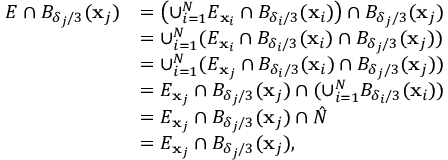
\begin{array} { r l } { E \cap B _ { \delta _ { j } / 3 } ( \mathbf { x } _ { j } ) } & { = \left( \cup _ { i = 1 } ^ { N } E _ { \mathbf { x } _ { i } } \cap B _ { \delta _ { i } / 3 } ( \mathbf { x } _ { i } ) \right) \cap B _ { \delta _ { j } / 3 } ( \mathbf { x } _ { j } ) } \\ & { = \cup _ { i = 1 } ^ { N } ( E _ { \mathbf { x } _ { i } } \cap B _ { \delta _ { i } / 3 } ( \mathbf { x } _ { i } ) \cap B _ { \delta _ { j } / 3 } ( \mathbf { x } _ { j } ) ) } \\ & { = \cup _ { i = 1 } ^ { N } ( E _ { \mathbf { x } _ { j } } \cap B _ { \delta _ { i } / 3 } ( \mathbf { x } _ { i } ) \cap B _ { \delta _ { j } / 3 } ( \mathbf { x } _ { j } ) ) } \\ & { = E _ { \mathbf { x } _ { j } } \cap B _ { \delta _ { j } / 3 } ( \mathbf { x } _ { j } ) \cap ( \cup _ { i = 1 } ^ { N } B _ { \delta _ { i } / 3 } ( \mathbf { x } _ { i } ) ) } \\ & { = E _ { \mathbf { x } _ { j } } \cap B _ { \delta _ { j } / 3 } ( \mathbf { x } _ { j } ) \cap \hat { N } } \\ & { = E _ { \mathbf { x } _ { j } } \cap B _ { \delta _ { j } / 3 } ( \mathbf { x } _ { j } ) , } \end{array}